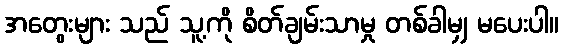
အတွေးများ သည် သူ့ကို စိတ်ချမ်းသာမှု တစ်ခါမျှ မပေးပါ။